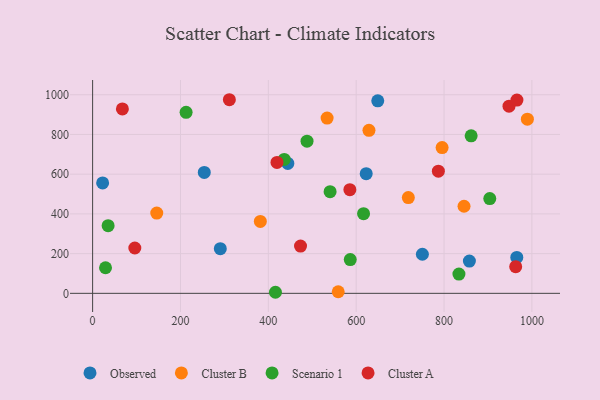
{"axis": {"x": "Experience", "y": "Sales"}, "legend": ["Cluster A", "Cluster B", "Observed", "Scenario 1"], "data": [{"x": "857.7", "y": 162.5, "type": "Observed"}, {"x": "290.7", "y": 224.9, "type": "Observed"}, {"x": "965.6", "y": 180.8, "type": "Observed"}, {"x": "750.7", "y": 196.9, "type": "Observed"}, {"x": "622.8", "y": 602.6, "type": "Observed"}, {"x": "444.4", "y": 654.3, "type": "Observed"}, {"x": "649.1", "y": 969.2, "type": "Observed"}, {"x": "254.2", "y": 608.7, "type": "Observed"}, {"x": "22.8", "y": 555.8, "type": "Observed"}, {"x": "629.1", "y": 820.6, "type": "Cluster B"}, {"x": "533.8", "y": 882.5, "type": "Cluster B"}, {"x": "381.8", "y": 362.1, "type": "Cluster B"}, {"x": "146.0", "y": 404.1, "type": "Cluster B"}, {"x": "989.7", "y": 876.8, "type": "Cluster B"}, {"x": "845.5", "y": 438.6, "type": "Cluster B"}, {"x": "559.1", "y": 8.0, "type": "Cluster B"}, {"x": "718.7", "y": 482.2, "type": "Cluster B"}, {"x": "795.6", "y": 734.1, "type": "Cluster B"}, {"x": "436.2", "y": 674.1, "type": "Scenario 1"}, {"x": "540.6", "y": 511.8, "type": "Scenario 1"}, {"x": "212.8", "y": 911.4, "type": "Scenario 1"}, {"x": "904.1", "y": 477.1, "type": "Scenario 1"}, {"x": "833.9", "y": 97.1, "type": "Scenario 1"}, {"x": "616.8", "y": 401.2, "type": "Scenario 1"}, {"x": "29.4", "y": 128.7, "type": "Scenario 1"}, {"x": "488.1", "y": 766.3, "type": "Scenario 1"}, {"x": "861.7", "y": 793.0, "type": "Scenario 1"}, {"x": "35.3", "y": 340.5, "type": "Scenario 1"}, {"x": "416.2", "y": 5.3, "type": "Scenario 1"}, {"x": "586.5", "y": 170.0, "type": "Scenario 1"}, {"x": "963.1", "y": 134.4, "type": "Cluster A"}, {"x": "419.7", "y": 659.4, "type": "Cluster A"}, {"x": "311.3", "y": 974.9, "type": "Cluster A"}, {"x": "67.8", "y": 928.5, "type": "Cluster A"}, {"x": "947.9", "y": 942.4, "type": "Cluster A"}, {"x": "965.9", "y": 973.3, "type": "Cluster A"}, {"x": "787.1", "y": 615.1, "type": "Cluster A"}, {"x": "473.3", "y": 237.9, "type": "Cluster A"}, {"x": "96.1", "y": 228.2, "type": "Cluster A"}, {"x": "585.6", "y": 522.1, "type": "Cluster A"}]}